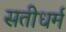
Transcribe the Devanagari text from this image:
सतीधर्म